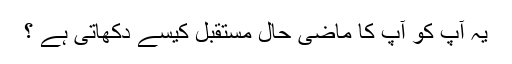
یہ آپ کو آپ کا ماضی حال مستقبل کیسے دکھاتی ہے ؟